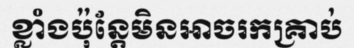
ខ្លាំងប៉ុន្តែមិនអាចរកគ្រាប់